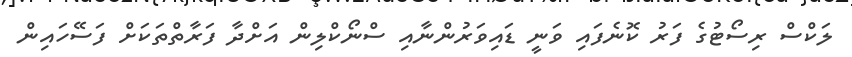
ލަކްސް ރިސޯޓުގެ ފަރު ކޮނެފައި ވަނީ ޑައިވަރުންނާއި ސްނޯކްލިން އަށްދާ ފަރާތްތަކަށް ފަސޭހައިން